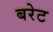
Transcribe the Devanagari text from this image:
बरेट